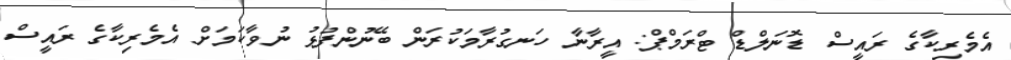
އެމެރިކާގެ ރައީސް ޑޮނަލްޑް ޓްރަމްޕް: އީރާނާ ހަނގުރާމަކުރަން ބޭނުންފުޅު ނުވާކަމަށް އެމެރިކާގެ ރައީސް